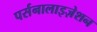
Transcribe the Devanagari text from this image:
पर्सनालाइज़ेशन